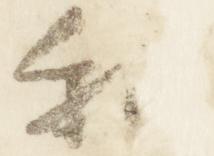
和